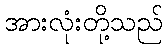
အားလုံးတို့သည်